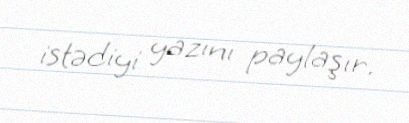
istədiyi yazını paylaşır.